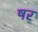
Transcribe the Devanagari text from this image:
षर